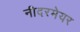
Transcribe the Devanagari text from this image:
नीदरमेयर